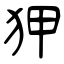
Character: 狎